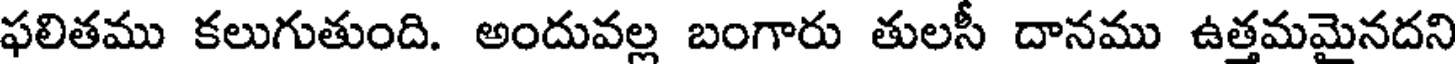
ఫలితము కలుగుతుంది. అందువల్ల బంగారు తులసీ దానము ఉత్తమమైనదని